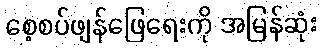
စေ့စပ်ဖျန်ဖြေရေးကို အမြန်ဆုံး